Leaving Certificate Examination, 1916
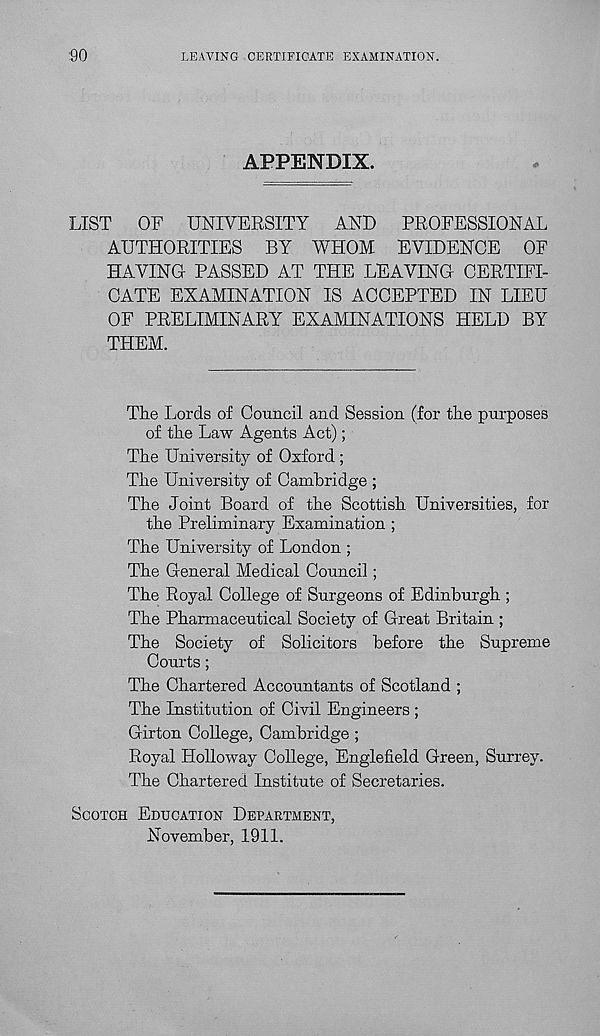
:90
LEAVING CERTIFICATE EXAMINATION.
APPENDIX.
LIST
OF UNIVERSITY
AND
PROFESSIONAL
AUTHORITIES BY WHOM EVIDENCE OF
HAVING- PASSED AT THE LEAVING CERTIFI-
CATE EXAMINATION IS ACCEPTED IN LIEU
OF PRELIMINARY EXAMINATIONS HELD BY
THEM.
The Lords of Council and Session (for the purposes
of the Law Agents Act);
The University of Osford ;
The University of Cambridge ;
The Joint Board of the Scottish Universities, for
the Preliminary Examination ;
The University of London ;
The General Medical Council;
The Royal College of Surgeons of Edinburgh ;
The Pharmaceutical Society of Great Britain ;
The Society of Solicitors before the Supreme
Courts;
The Chartered Accountants of Scotland ;
The Institution of Civil Engineers ;
Girton College, Cambridge ;
Royal Holloway College, Englefield Green, Surrey.
The Chartered Institute of Secretaries.
Scotch Education Department,
November, 1911.